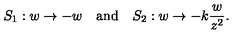
S _ { 1 } : w \to - w \quad \mathrm { a n d } \quad S _ { 2 } : w \to - k { \frac { w } { z ^ { 2 } } } .